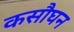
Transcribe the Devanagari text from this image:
कसौघन